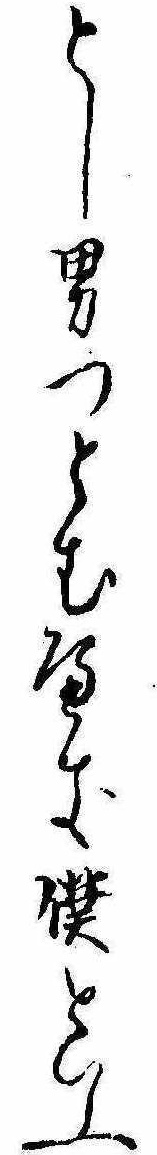
とし男つとむへき僕といふ